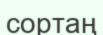
сортаң